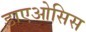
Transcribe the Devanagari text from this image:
डाएओसिस